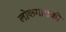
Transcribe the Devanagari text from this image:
लोकगायकी